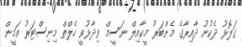
ގަލޮޅު ދެކުނު ދާއިރާގެ މެންބަރު މީކާއިލް ނަސީމް ވިދާޅުވީ ހެލްތް މިނިސްޓަރު އަމީން